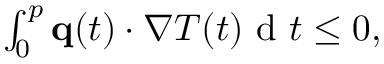
\begin{array} { r } { \int \displaylimits _ { 0 } ^ { p } \mathbf q ( t ) \cdot \nabla T ( t ) \textrm { d } t \leq 0 , } \end{array}